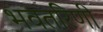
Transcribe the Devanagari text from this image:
भवतरिणी